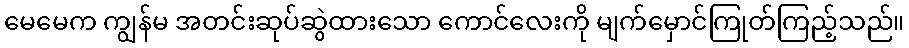
မေမေက ကျွန်မ အတင်းဆုပ်ဆွဲထားသော ကောင်လေးကို မျက်မှောင်ကြုတ်ကြည့်သည်။